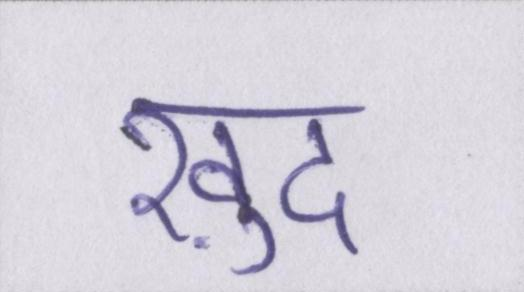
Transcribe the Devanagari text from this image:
ख़ुद